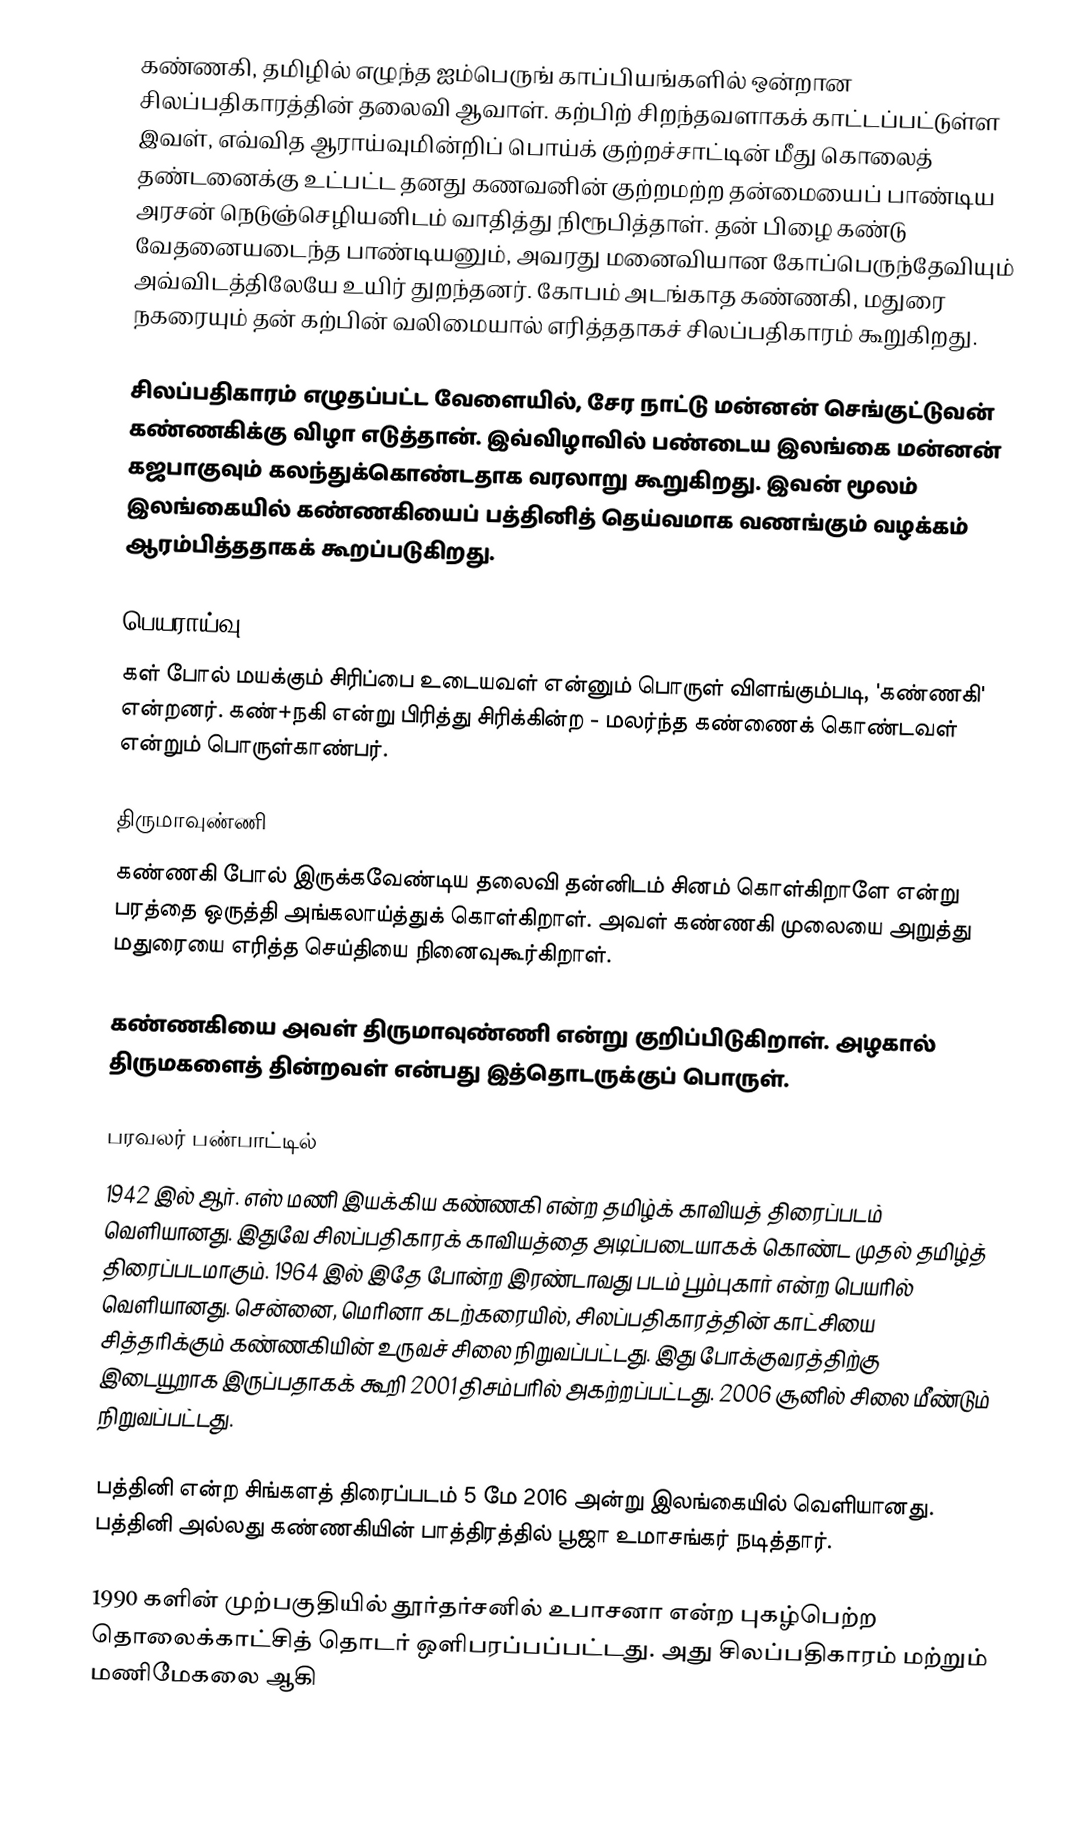
கண்ணகி, தமிழில் எழுந்த ஐம்பெருங் காப்பியங்களில் ஒன்றான சிலப்பதிகாரத்தின் தலைவி ஆவாள். கற்பிற் சிறந்தவளாகக் காட்டப்பட்டுள்ள இவள், எவ்வித ஆராய்வுமின்றிப் பொய்க் குற்றச்சாட்டின் மீது கொலைத் தண்டனைக்கு உட்பட்ட தனது கணவனின் குற்றமற்ற தன்மையைப் பாண்டிய அரசன் நெடுஞ்செழியனிடம் வாதித்து நிரூபித்தாள். தன் பிழை கண்டு வேதனையடைந்த பாண்டியனும், அவரது மனைவியான கோப்பெருந்தேவியும் அவ்விடத்திலேயே உயிர் துறந்தனர். கோபம் அடங்காத கண்ணகி, மதுரை நகரையும் தன் கற்பின் வலிமையால் எரித்ததாகச் சிலப்பதிகாரம் கூறுகிறது.

சிலப்பதிகாரம் எழுதப்பட்ட வேளையில், சேர நாட்டு மன்னன் செங்குட்டுவன் கண்ணகிக்கு விழா எடுத்தான். இவ்விழாவில் பண்டைய இலங்கை மன்னன் கஜபாகுவும் கலந்துக்கொண்டதாக வரலாறு கூறுகிறது. இவன் மூலம் இலங்கையில் கண்ணகியைப் பத்தினித் தெய்வமாக வணங்கும் வழக்கம் ஆரம்பித்ததாகக் கூறப்படுகிறது.

பெயராய்வு
கள் போல் மயக்கும் சிரிப்பை உடையவள் என்னும் பொருள் விளங்கும்படி, 'கண்ணகி' என்றனர்.  கண்+நகி என்று பிரித்து சிரிக்கின்ற - மலர்ந்த கண்ணைக் கொண்டவள் என்றும் பொருள்காண்பர்.

திருமாவுண்ணி
கண்ணகி போல் இருக்கவேண்டிய தலைவி தன்னிடம் சினம் கொள்கிறாளே என்று பரத்தை ஒருத்தி அங்கலாய்த்துக் கொள்கிறாள். அவள் கண்ணகி முலையை அறுத்து மதுரையை எரித்த செய்தியை நினைவுகூர்கிறாள்.

கண்ணகியை அவள் திருமாவுண்ணி என்று குறிப்பிடுகிறாள். அழகால் திருமகளைத் தின்றவள் என்பது இத்தொடருக்குப் பொருள்.

பரவலர் பண்பாட்டில்
1942 இல் ஆர். எஸ் மணி இயக்கிய கண்ணகி என்ற தமிழ்க் காவியத் திரைப்படம் வெளியானது. இதுவே சிலப்பதிகாரக் காவியத்தை அடிப்படையாகக் கொண்ட முதல் தமிழ்த் திரைப்படமாகும். 1964 இல் இதே போன்ற இரண்டாவது படம் பூம்புகார் என்ற பெயரில் வெளியானது. சென்னை, மெரினா கடற்கரையில், சிலப்பதிகாரத்தின் காட்சியை சித்தரிக்கும் கண்ணகியின் உருவச் சிலை நிறுவப்பட்டது. இது போக்குவரத்திற்கு இடையூறாக இருப்பதாகக் கூறி 2001 திசம்பரில் அகற்றப்பட்டது.  2006 சூனில் சிலை மீண்டும் நிறுவப்பட்டது.

பத்தினி என்ற சிங்களத் திரைப்படம் 5 மே 2016 அன்று இலங்கையில் வெளியானது. பத்தினி அல்லது கண்ணகியின் பாத்திரத்தில் பூஜா உமாசங்கர் நடித்தார்.

1990 களின் முற்பகுதியில் தூர்தர்சனில் உபாசனா என்ற புகழ்பெற்ற தொலைக்காட்சித் தொடர் ஒளிபரப்பப்பட்டது. அது சிலப்பதிகாரம் மற்றும் மணிமேகலை ஆகி